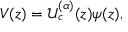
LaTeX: V ( z ) = \mathcal { U } _ { c } ^ { ( \alpha ) } ( z ) \psi ( z ) ,